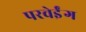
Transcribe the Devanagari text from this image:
परवेईंग